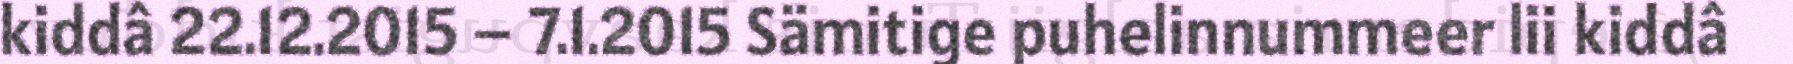
kiddâ 22.12.2015 – 7.1.2015 Sämitige puhelinnummeer lii kiddâ